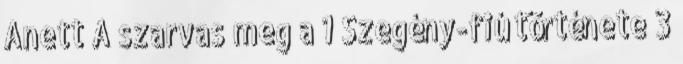
Anett A szarvas meg a 1 Szegény-fiú története 3